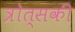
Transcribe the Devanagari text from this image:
त्रोत्सकी